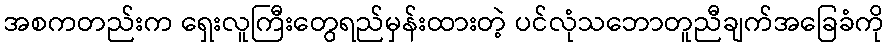
အစကတည်းက ရှေးလူကြီးတွေရည်မှန်းထားတဲ့ ပင်လုံသဘောတူညီချက်အခြေခံကို